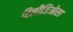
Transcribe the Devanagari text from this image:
रिलीजिओसा